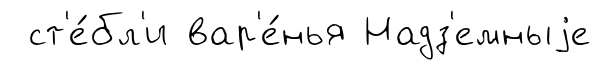
ст'е́бл'и вар'е́нья Надз'емныjе